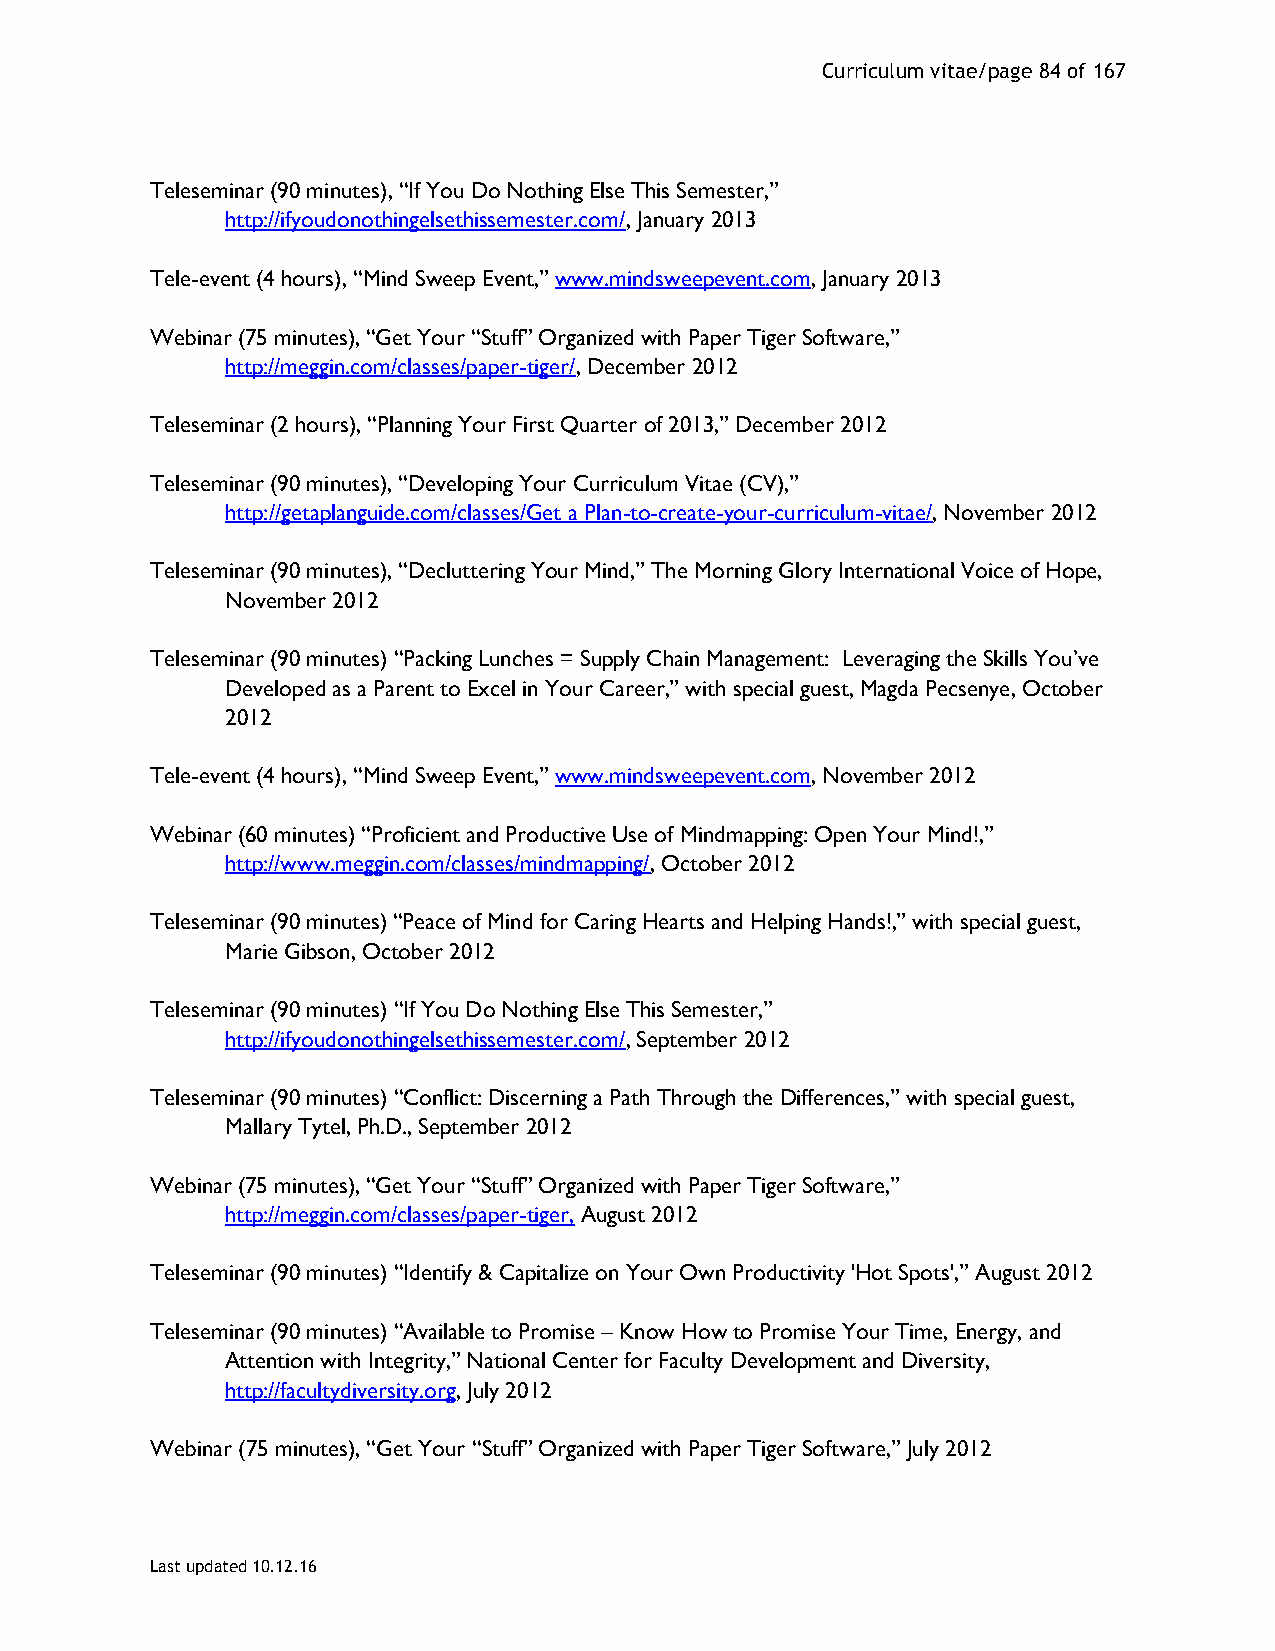
Curriculum vitae/page 84 of 167
 Teleseminar (90 minutes), “If You Do Nothing Else This Semester,”
 http://ifyoudonothingelsethissemester.com/, January 2013
 Tele-event (4 hours), “Mind Sweep Event,” www.mindsweepevent.com, January 2013
 Webinar (75 minutes), “Get Your “Stuff” Organized with Paper Tiger Software,”
 http://meggin.com/classes/paper-tiger/, December 2012
 Teleseminar (2 hours), “Planning Your First Quarter of 2013,” December 2012
 Teleseminar (90 minutes), “Developing Your Curriculum Vitae (CV),”
 http://getaplanguide.com/classes/Get a Plan-to-create-your-curriculum-vitae/, November 2012
 Teleseminar (90 minutes), “Decluttering Your Mind,” The Morning Glory International Voice of Hope,
 November 2012
 Teleseminar (90 minutes) “Packing Lunches = Supply Chain Management: Leveraging the Skills You’ve
 Developed as a Parent to Excel in Your Career,” with special guest, Magda Pecsenye, October
 2012
 Tele-event (4 hours), “Mind Sweep Event,” www.mindsweepevent.com, November 2012
 Webinar (60 minutes) “Proficient and Productive Use of Mindmapping: Open Your Mind!,”
 http://www.meggin.com/classes/mindmapping/, October 2012
 Teleseminar (90 minutes) “Peace of Mind for Caring Hearts and Helping Hands!,” with special guest,
 Marie Gibson, October 2012
 Teleseminar (90 minutes) “If You Do Nothing Else This Semester,”
 http://ifyoudonothingelsethissemester.com/, September 2012
 Teleseminar (90 minutes) “Conflict: Discerning a Path Through the Differences,” with special guest,
 Mallary Tytel, Ph.D., September 2012
 Webinar (75 minutes), “Get Your “Stuff” Organized with Paper Tiger Software,”
 http://meggin.com/classes/paper-tiger, August 2012
 Teleseminar (90 minutes) “Identify & Capitalize on Your Own Productivity 'Hot Spots',” August 2012
 Teleseminar (90 minutes) “Available to Promise – Know How to Promise Your Time, Energy, and
 Attention with Integrity,” National Center for Faculty Development and Diversity,
 http://facultydiversity.org, July 2012
 Webinar (75 minutes), “Get Your “Stuff” Organized with Paper Tiger Software,” July 2012
 Last updated 10.12.16